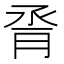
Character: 脀